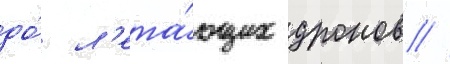
до́ л'ета́ющих дронов //